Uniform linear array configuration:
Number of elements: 4
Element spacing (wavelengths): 1
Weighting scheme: kaiser
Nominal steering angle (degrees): -30
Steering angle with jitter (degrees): -30.961
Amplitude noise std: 0.05
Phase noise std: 0.05

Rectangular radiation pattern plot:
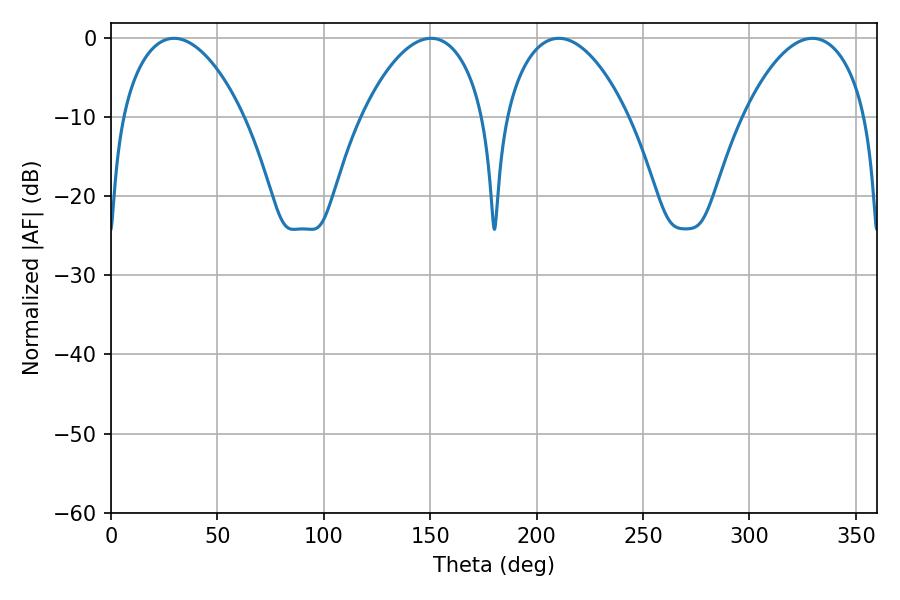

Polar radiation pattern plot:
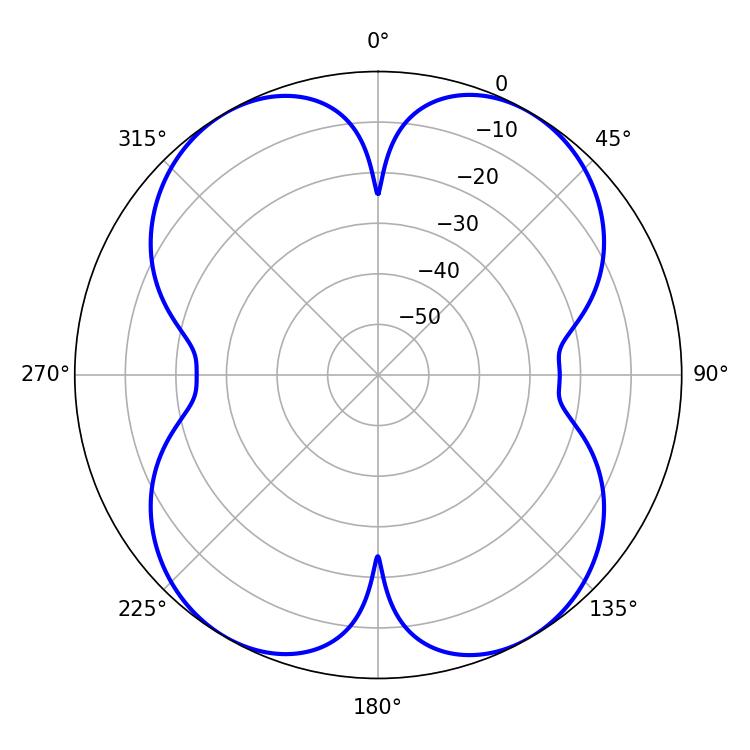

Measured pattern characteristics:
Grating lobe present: TRUE
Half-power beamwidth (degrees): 32.4
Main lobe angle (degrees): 210.42